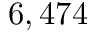
6 , 4 7 4